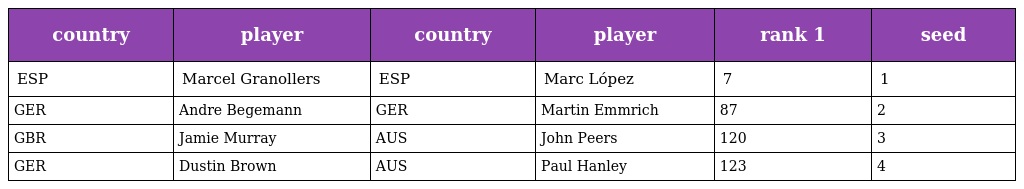
| country | player | country | player | rank 1 | seed |
 | --- | --- | --- | --- | --- | --- |
 | ESP | Marcel Granollers | ESP | Marc López | 7 | 1 |
 | GER | Andre Begemann | GER | Martin Emmrich | 87 | 2 |
 | GBR | Jamie Murray | AUS | John Peers | 120 | 3 |
 | GER | Dustin Brown | AUS | Paul Hanley | 123 | 4 |